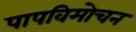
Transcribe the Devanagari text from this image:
पापविमोचन